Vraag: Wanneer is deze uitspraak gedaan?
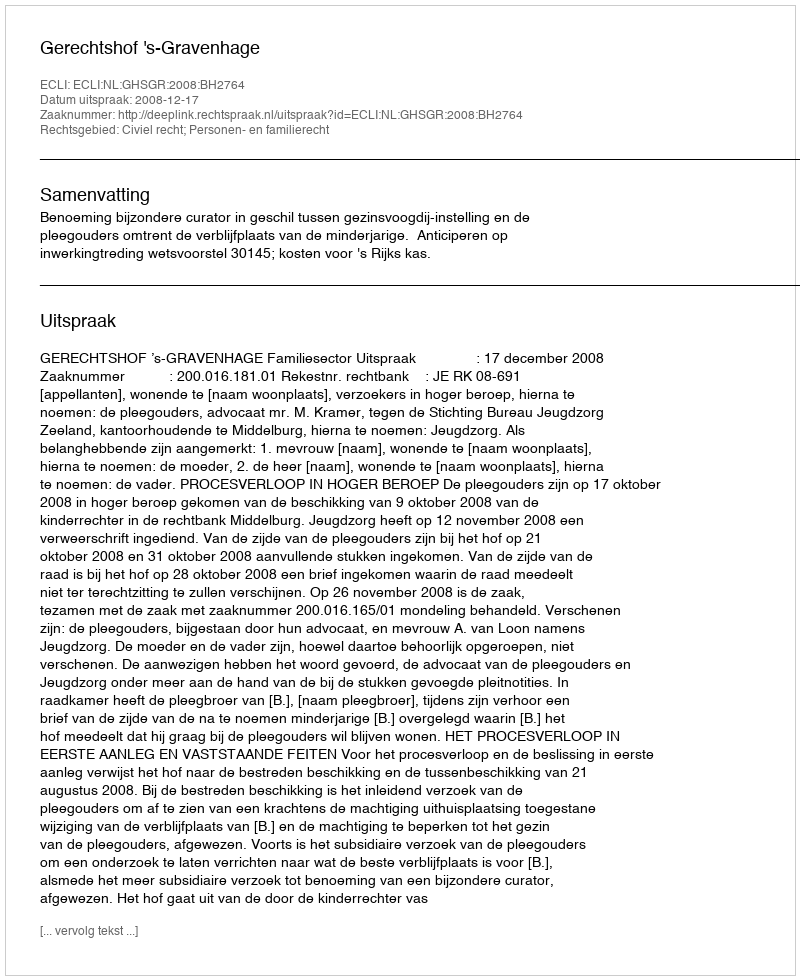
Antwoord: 2008-12-17